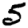
Digit: 5